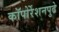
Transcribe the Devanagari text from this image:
कॉपोर्रेशनपुढे